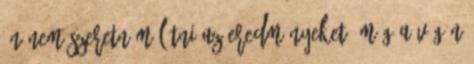
Én nem szeretném látni az eredményeket, még a végén